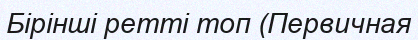
Бірінші ретті топ (Первичная